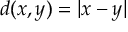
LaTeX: d ( x , y ) = \vert x - y \vert